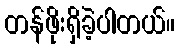
တန်ဖိုးရှိခဲ့ပါတယ်။